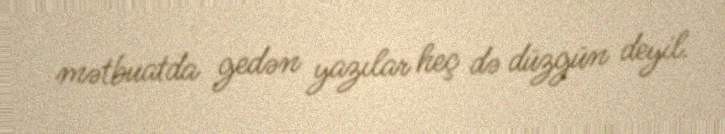
mətbuatda gedən yazılar heç də düzgün deyil.